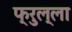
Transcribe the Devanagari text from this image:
फ्रुल्ला